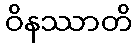
ဝိနဿာတိ